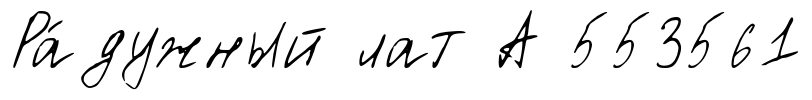
Ра́дужный лат А 553561